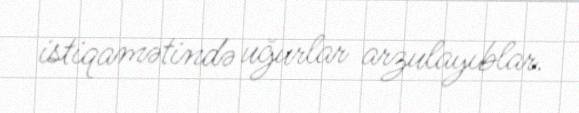
istiqamətində uğurlar arzulayıblar.